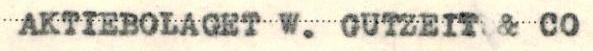
AKTIEBOLAGET W. GUTZEIT & CO